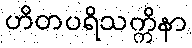
ဟိတပရိသက္ကိနာ